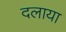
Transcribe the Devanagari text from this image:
दलाया